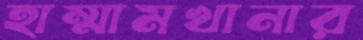
হাম্মামখানার